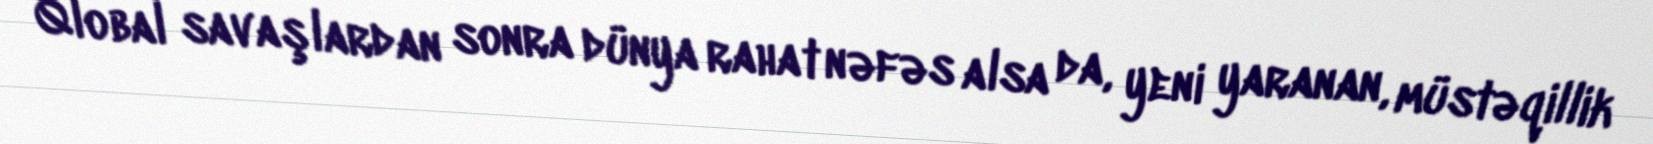
Qlobal savaşlardan sonra dünya rahat nəfəs alsa da, yeni yaranan, müstəqillik